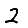
Digit: 2